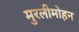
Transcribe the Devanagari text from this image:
मुरलीमोहन